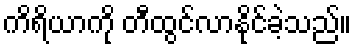
ကိရိယာကို တီထွင်လာနိုင်ခဲ့သည်။